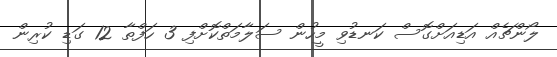
ލޯންޗެއް އަޑިއަށްގޮސް ކަނޑުވި މީހުން ސަލާމަތްކޮށްފި 3 ހަފްތާ 12 ގަޑި ކުރިން